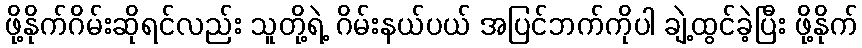
ဖို့နိုက်ဂိမ်းဆိုရင်လည်း သူတို့ရဲ့ ဂိမ်းနယ်ပယ် အပြင်ဘက်ကိုပါ ချဲ့ထွင်ခဲ့ပြီး ဖို့နိုက်